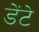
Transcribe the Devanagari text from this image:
डेंटे